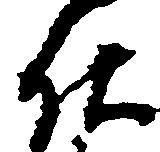
仕